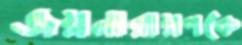
জয়নারায়ণকে